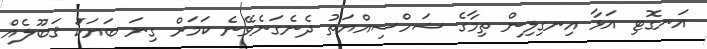
އަނގޮޓި އަޅާ އިނގިލިން ތިމާގެ ޝަހްސިއްޔަތު ދެނެގަނެވޭނެ ކަމަށް ގިނަ ބަޔަކަު ޤަބޫލެއް